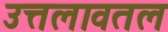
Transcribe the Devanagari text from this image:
उत्तलावतल